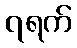
၇ရက်